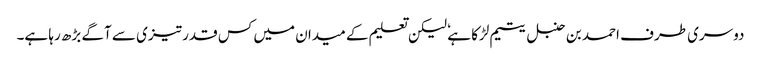
دوسری طرف احمد بن حنبل یتیم لڑکا ہے ٗ لیکن تعلیم کے میدان میں کس قدر تیزی سے آگے بڑھ رہا ہے۔